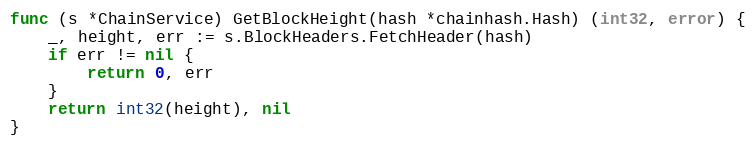
Language: Go
func (s *ChainService) GetBlockHeight(hash *chainhash.Hash) (int32, error) {
	_, height, err := s.BlockHeaders.FetchHeader(hash)
	if err != nil {
		return 0, err
	}
	return int32(height), nil
}